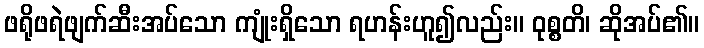
ဖရိုဖရဲဖျက်ဆီးအပ်သော ကျုံးရှိသော ရဟန်းဟူ၍လည်း။ ဝုစ္စတိ၊ ဆိုအပ်၏။